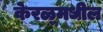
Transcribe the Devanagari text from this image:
केरळ्मधील